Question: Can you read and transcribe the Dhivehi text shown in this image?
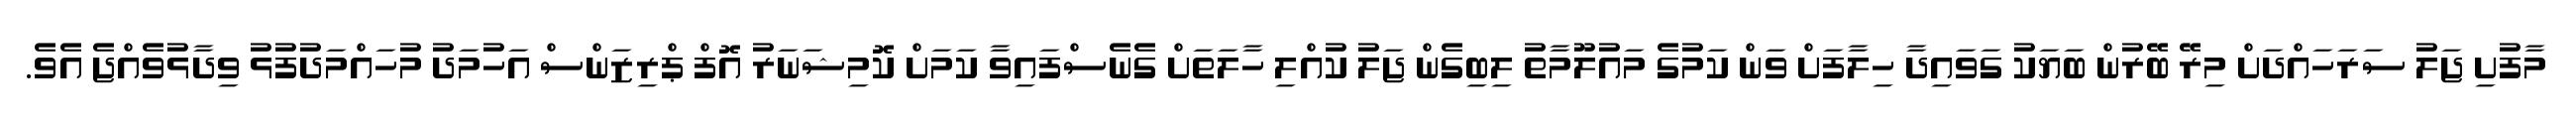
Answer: މާފުށި ޖަލު ސަރަހައްދަށް މިރޭ ބޭރުން ބަޔަކު ގަވައިދާ ހިލާފަށް ވަން ކަމުގެ މައުލޫމާތު ލިބިގެން ޖަލު ކުއްލި ހާލަތަށް ގެނެސްފައިވާ ކަމަށް ކޮމިޝަނަރު އޮފް ޕްރިޒަންސް އަހުމަދު މުހައްމަދުފުޅު ވިދާޅުވެއްޖެ އެވެ.